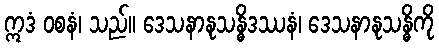
ဣဒံ ဝစနံ၊ သည်။ ဒေသနာနုသန္ဓိဒဿနံ၊ ဒေသနာနုသန္ဓိကို